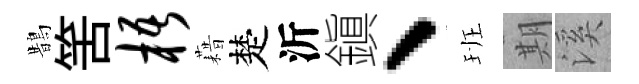
鵲筈梧藉楚沂鎭、班期溪